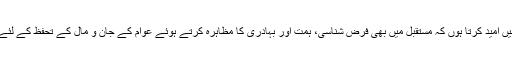
انہوں نے کہا کہ میں امید کرتا ہوں کہ مستقبل میں بھی فرض شناسی، ہمت اور بہادری کا مظاہرہ کرتے ہوئے عوام کے جان و مال کے تحفظ کے لئے کوشاں رہیں گے۔